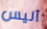
أليس